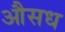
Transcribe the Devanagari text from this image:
औसध